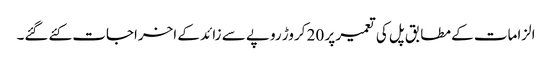
الزامات کے مطابق پل کی تعمیر پر 20 کروڑ روپے سے زائد کے اخراجات کئےگئے۔